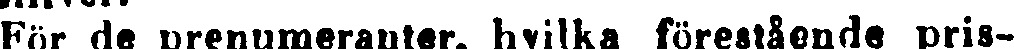
För de prenumeranter, hvilka förestående pris-